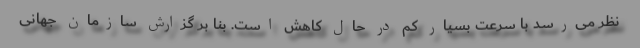
نظر می‌رسد با سرعت بسیار کم در حال کاهش است. بنا بر گزارش سازمان جهانی